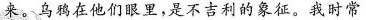
来。乌鸦在他们眼里，是不吉利的象征。我时常